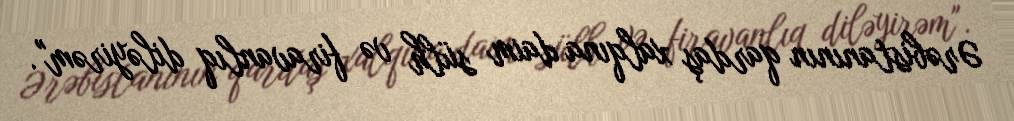
Ərəbistanının qardaş xalqına daim sülh və firavanlıq diləyirəm".